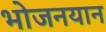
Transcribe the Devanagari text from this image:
भोजनयान